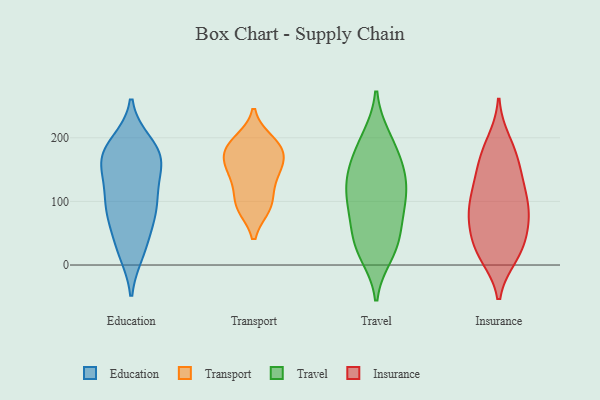
{"axis": {"x": "Churn Rate (%)", "y": "Value"}, "legend": ["Education", "Insurance", "Transport", "Travel"], "data": [{"x": "", "y": 167, "type": "Education"}, {"x": "", "y": 154, "type": "Education"}, {"x": "", "y": 192, "type": "Education"}, {"x": "", "y": 82, "type": "Education"}, {"x": "", "y": 86, "type": "Education"}, {"x": "", "y": 106, "type": "Education"}, {"x": "", "y": 116, "type": "Education"}, {"x": "", "y": 165, "type": "Education"}, {"x": "", "y": 20, "type": "Education"}, {"x": "", "y": 74, "type": "Education"}, {"x": "", "y": 120, "type": "Education"}, {"x": "", "y": 35, "type": "Education"}, {"x": "", "y": 22, "type": "Education"}, {"x": "", "y": 78, "type": "Education"}, {"x": "", "y": 188, "type": "Education"}, {"x": "", "y": 181, "type": "Education"}, {"x": "", "y": 158, "type": "Education"}, {"x": "", "y": 168, "type": "Education"}, {"x": "", "y": 166, "type": "Transport"}, {"x": "", "y": 92, "type": "Transport"}, {"x": "", "y": 142, "type": "Transport"}, {"x": "", "y": 135, "type": "Transport"}, {"x": "", "y": 177, "type": "Transport"}, {"x": "", "y": 94, "type": "Transport"}, {"x": "", "y": 194, "type": "Transport"}, {"x": "", "y": 185, "type": "Transport"}, {"x": "", "y": 186, "type": "Transport"}, {"x": "", "y": 95, "type": "Transport"}, {"x": "", "y": 151, "type": "Transport"}, {"x": "", "y": 30, "type": "Travel"}, {"x": "", "y": 163, "type": "Travel"}, {"x": "", "y": 159, "type": "Travel"}, {"x": "", "y": 92, "type": "Travel"}, {"x": "", "y": 82, "type": "Travel"}, {"x": "", "y": 155, "type": "Travel"}, {"x": "", "y": 29, "type": "Travel"}, {"x": "", "y": 198, "type": "Travel"}, {"x": "", "y": 104, "type": "Travel"}, {"x": "", "y": 131, "type": "Travel"}, {"x": "", "y": 17, "type": "Travel"}, {"x": "", "y": 68, "type": "Travel"}, {"x": "", "y": 119, "type": "Travel"}, {"x": "", "y": 37, "type": "Travel"}, {"x": "", "y": 122, "type": "Travel"}, {"x": "", "y": 200, "type": "Travel"}, {"x": "", "y": 38, "type": "Insurance"}, {"x": "", "y": 138, "type": "Insurance"}, {"x": "", "y": 31, "type": "Insurance"}, {"x": "", "y": 15, "type": "Insurance"}, {"x": "", "y": 102, "type": "Insurance"}, {"x": "", "y": 193, "type": "Insurance"}, {"x": "", "y": 179, "type": "Insurance"}, {"x": "", "y": 67, "type": "Insurance"}, {"x": "", "y": 123, "type": "Insurance"}, {"x": "", "y": 82, "type": "Insurance"}, {"x": "", "y": 171, "type": "Insurance"}, {"x": "", "y": 18, "type": "Insurance"}, {"x": "", "y": 152, "type": "Insurance"}, {"x": "", "y": 72, "type": "Insurance"}, {"x": "", "y": 74, "type": "Insurance"}, {"x": "", "y": 89, "type": "Insurance"}, {"x": "", "y": 116, "type": "Insurance"}, {"x": "", "y": 19, "type": "Insurance"}]}